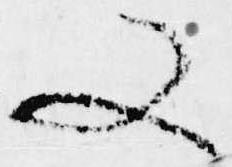
又